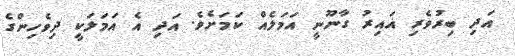
އަދި ބިރުވެރި ޣައިރު ގާނޫނީ އަމަލެއް ކަމަށެވެ. އަދި އެ އަމަލަކީ ދިވެހިންގެ